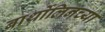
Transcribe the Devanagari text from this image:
बार्थोलिनच्या